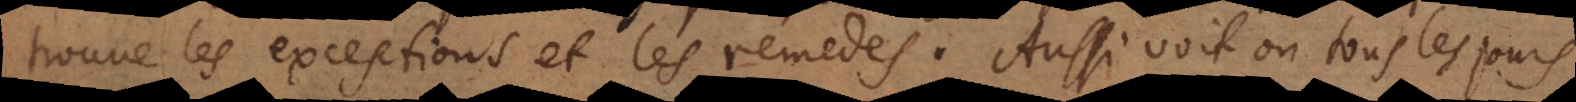
trouve les exceptions et les remedes. Aussi voit on tous les jours